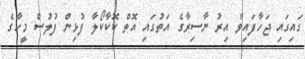
ގައިގައި ޖަހާފައިވާ އިރު ނާސިރާގެ އަތުގައި އޮތް ކޮކާކޯލާ ފުޅިން ފުލުސް މީހާގެ